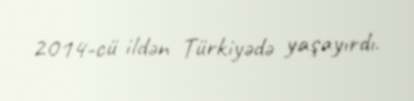
2014-cü ildən Türkiyədə yaşayırdı.